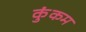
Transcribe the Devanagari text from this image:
कुंकम